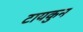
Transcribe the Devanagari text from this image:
टायकुन